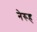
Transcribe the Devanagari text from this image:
नेरूह